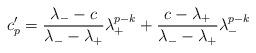
LaTeX: \begin{align*} c_{p}' = \frac{\lambda_{-} - c}{\lambda_{-} - \lambda_{+}}\lambda_{+}^{p-k} + \frac{c - \lambda_{+}}{\lambda_{-} - \lambda_{+}}\lambda_{-}^{p-k}\end{align*}